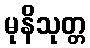
မုနိသုတ္တ